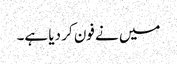
میں نے فون کر دیا ہے۔